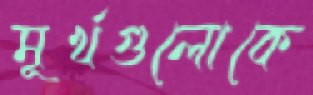
মূর্খগুলোকে